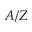
A / Z